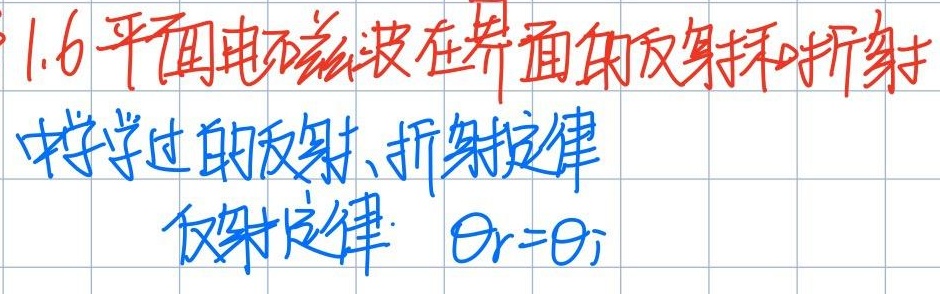
1.6 平面电磁波在界面的反射和折射
中学学过的反射、折射定律
反射定律：$\theta_{r}=\theta_{i}$